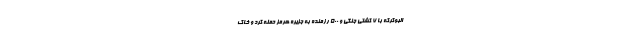
البوکرکه با ۷ کشتی جنگی و ۵۰۰ رزمنده به جزیره هرمز حمله کرد و خاک